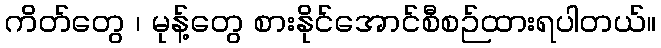
ကိတ်တွေ ၊ မုန့်တွေ စားနိုင်အောင်စီစဉ်ထားရပါတယ်။